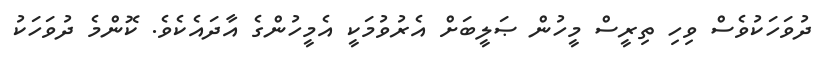
ދުވަހަކުވެސް ވިހި ތިރީސް މީހުން ޞަލީބަށް އެރުވުމަކީ އެމީހުންގެ އާދައެކެވެ. ކޮންމެ ދުވަހަކު